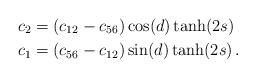
LaTeX: \begin{align*} c_2&= (c_{12}-c_{56})\cos(d)\tanh(2s)\\ c_1 &= (c_{56}-c_{12})\sin(d)\tanh(2s)\, .\end{align*}